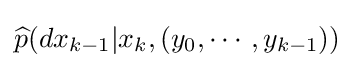
{\widehat {p}}(dx_{k-1}|x_{k},(y_{0},\cdots ,y_{k-1}))